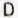
D